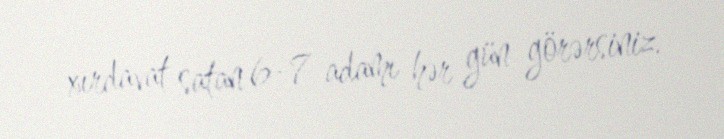
xırdavat satan 6-7 adamı hər gün görərsiniz.